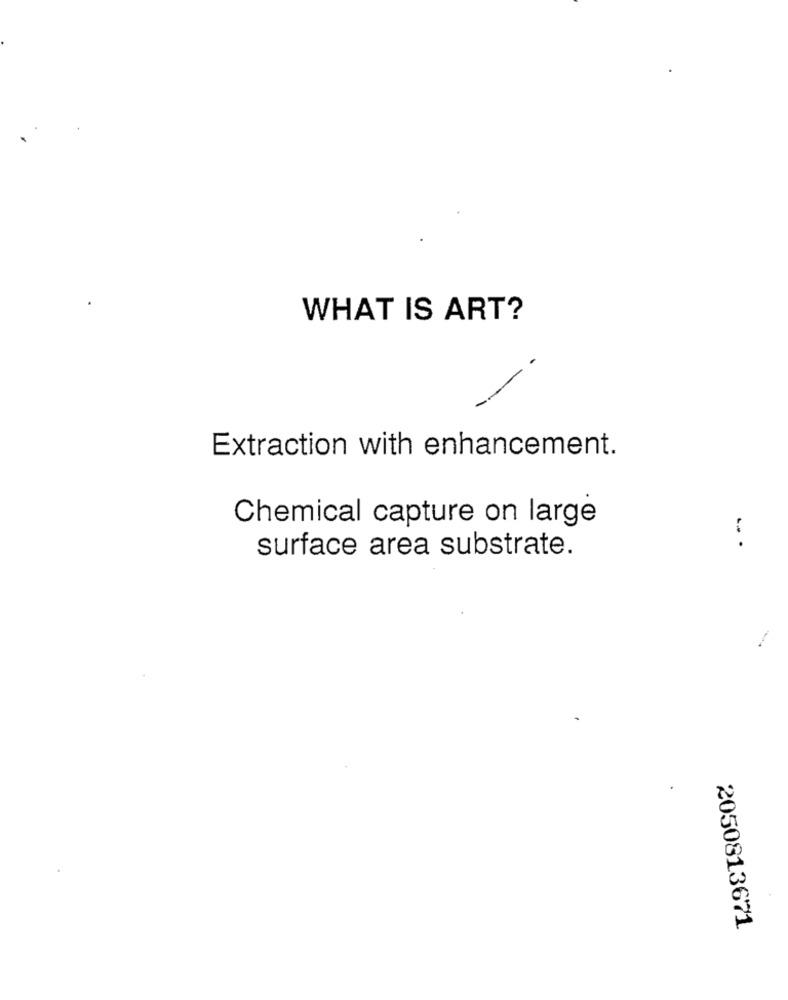
WHAT IS ART?
Extraction with enhancement.
Chemical capture on large
surface area substrate.
-. .
2050813671